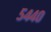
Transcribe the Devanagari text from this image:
५४४०